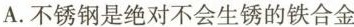
A.不锈钢是绝对不会生锈的铁合金